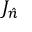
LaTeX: J _ { \hat { n } }